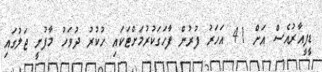
ޑީޕީއާރުއެސް އަށް 41 އަހަރު ފުރުން ފާހަގަކުރުމަށްޓަކައި ހުކުރު ދުވަހު މާފުށީ ޖަލުގައި